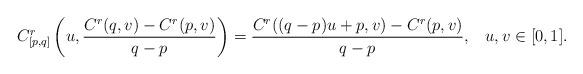
LaTeX: \begin{align*} C^{r}_{[p,q]} \left(u, \frac{C^{r}(q,v) - C^{r}(p,v)}{q-p} \right) = \frac{C^{r}((q-p)u+p,v) - C^{r}(p,v)}{q-p}, \;\;\; u, v\in [0,1].\end{align*}